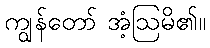
ကျွန်တော် အံ့ဩမိ၏။